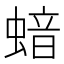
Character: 𱿺